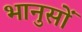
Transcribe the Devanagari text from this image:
भानुसों